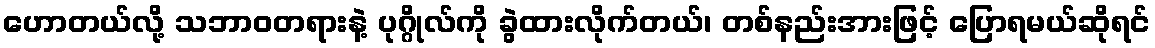
ဟောတယ်လို့ သဘာဝတရားနဲ့ ပုဂ္ဂိုလ်ကို ခွဲထားလိုက်တယ်၊ တစ်နည်းအားဖြင့် ပြောရမယ်ဆိုရင်